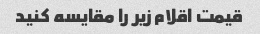
قیمت اقلام زیر را مقایسه کنید